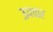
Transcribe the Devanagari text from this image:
ऊपचार